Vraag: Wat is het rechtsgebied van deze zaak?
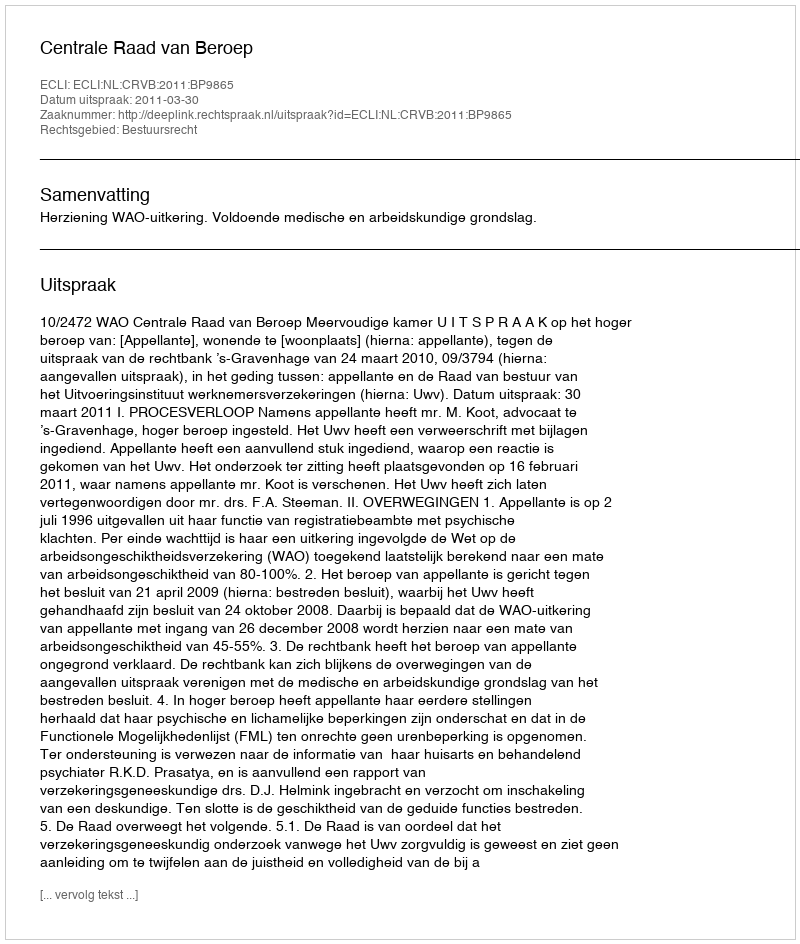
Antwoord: Bestuursrecht